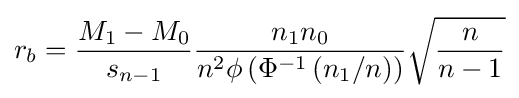
r_{b}={\frac {M_{1}-M_{0}}{s_{n-1}}}{\frac {n_{1}n_{0}}{n^{2}\phi \left(\Phi ^{-1}\left(n_{1}/n\right)\right)}}{\sqrt {\frac {n}{n-1}}}